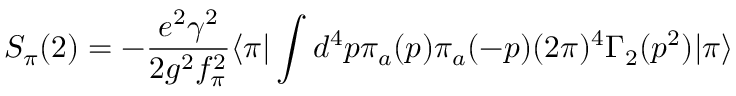
S _ { \pi } ( 2 ) = - { \frac { e ^ { 2 } \gamma ^ { 2 } } { 2 g ^ { 2 } f _ { \pi } ^ { 2 } } } \langle \pi | \int d ^ { 4 } p \pi _ { a } ( p ) \pi _ { a } ( - p ) ( 2 \pi ) ^ { 4 } \Gamma _ { 2 } ( p ^ { 2 } ) | \pi \rangle